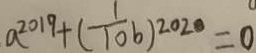
a ^ { 2 0 1 9 } + ( \frac { 1 } { 1 0 } b ) ^ { 2 0 2 0 } = 0